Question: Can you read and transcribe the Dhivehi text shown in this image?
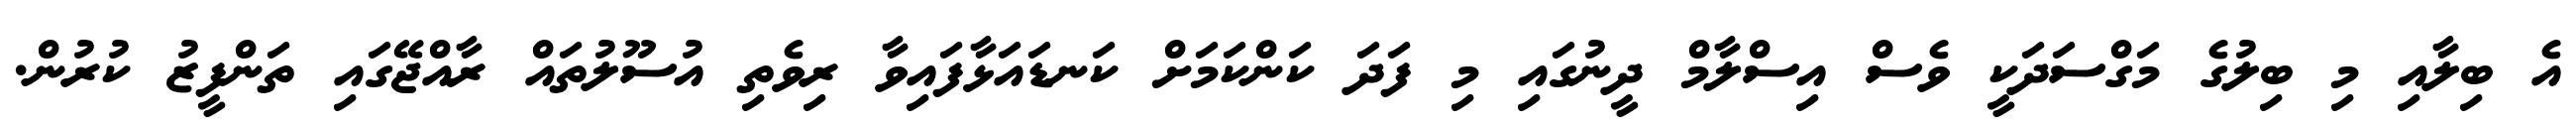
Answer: އެ ބިލާއި މި ބިލުގެ މަގްސަދަކީ ވެސް އިސްލާމް ދީނުގައި މި ފަދަ ކަންކަމަށް ކަނޑައަޅާފައިވާ ރިވެތި އުސޫލުތައް ރާއްޖޭގައި ތަންފީޒު ކުރުން.